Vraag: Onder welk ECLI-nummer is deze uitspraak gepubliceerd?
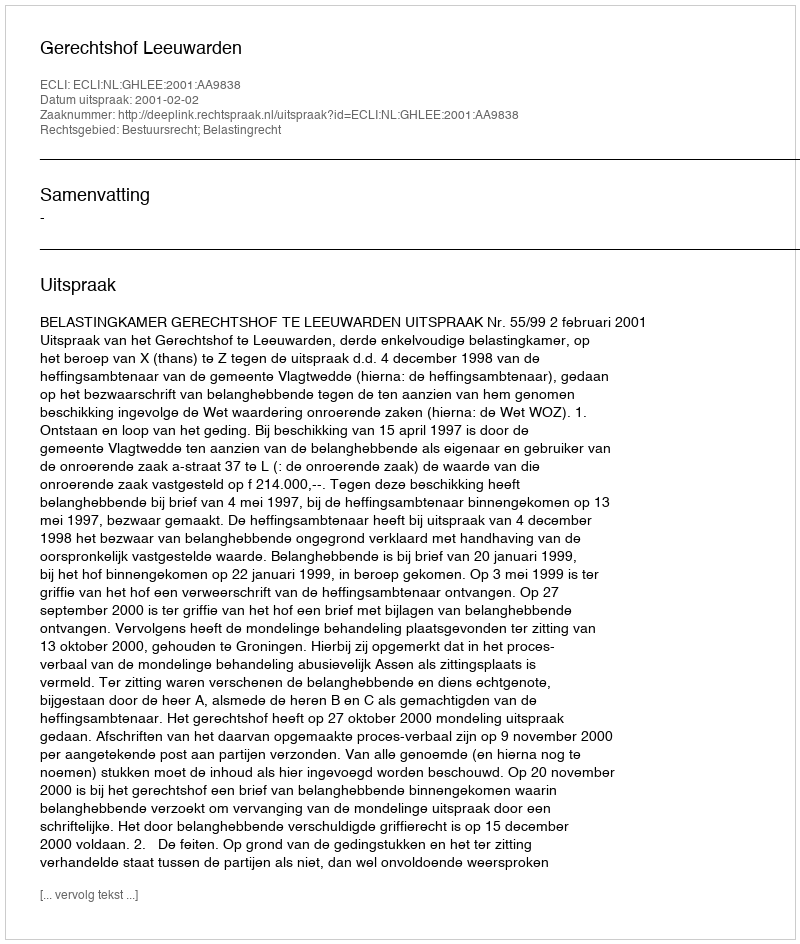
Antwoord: ECLI:NL:GHLEE:2001:AA9838